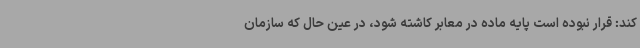
کند: قرار نبوده است پایه ماده در معابر کاشته شود، در عین حال که سازمان